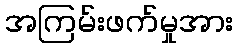
အကြမ်းဖက်မှုအား